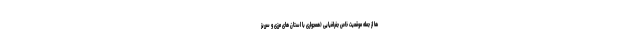
ها از جمله موقعیت خاص جغرافیایی (همجواری با استان های مرزی و سرریز